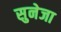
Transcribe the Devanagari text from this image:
सुनेजा